Code of medical and sanitary regulations for the guidance of medical officers serving in the Madras Presidency - Volume I
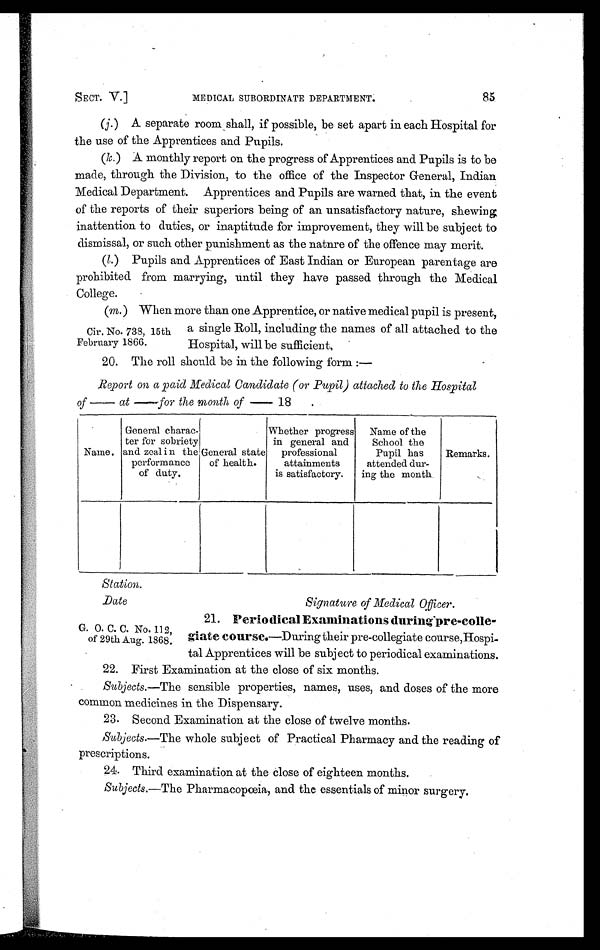
SECT. V.]
MEDICAL SUBORDINATE DEPARTMENT.
85
(j .) A separate room shall, if possible, be set apart in each Hospital for
the use of the Apprentices and Pupils.
(k.) A monthly report on the progress of Apprentices and Pupils is to be
made, through the Division, to the office of the Inspector General, Indian
Medical Department. Apprentices and Pupils are warned that, in the event
of the reports of their superiors being of an unsatisfactory nature, shewing
inattention to duties, or inaptitude for improvement, they will be subject to
dismissal, or such other punishment as the nature of the offence may merit.
(l .) Pupils and Apprentices of East Indian or European parentage are
prohibited from marrying, until they have passed through the Medical
College.
(m.) When more than one Apprentice, or native medical pupil is present,
Cir. No. 738, 15th a single Roll, including the names of all attached to the
February 1866.
Hospital, will be sufficient,
20. The roll should be in the following form :—
Report on a paid Medical Candidate (or Pupil) attached to the Hospital
of — at —for the month of — 18 .
Name.
General charac-
ter for sobriety
and zeal in the
performance
of duty.
General state
of health.
Whether progress
in general and
professional
attainments
is satisfactory.
Name of the
School the
Pupil has
attended dur-
ing the month.
Remarks.
Station.
Date
Signature of Medical Officer.
21. Periodical Examinations during pre-colle-
G. O. C. C. No. 112,
of 29th Aug. 1868. giate course.—During their pre-collegiate course, Hospi
-
tal Apprentices will be subject to periodical examinations.
22. First Examination at the close of six months.
Subjects.—The sensible properties, names, uses, and doses of the more
common medicines in the Dispensary.
23. Second Examination at the close of twelve months.
Subjects .—The whole subject of Practical Pharmacy and the reading of
prescriptions.
24. Third examination at the close of eighteen months.
Subjects.—The Pharmacopœia, and the essentials of minor surgery.